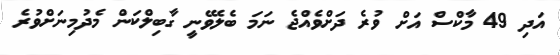
އަދި 49 މާކްސް އަށް ވުރެ ދަށްވެއްޖެ ނަމަ ބެލެވޭނީ ގާބިލްކަން މެދުމިނަށްވުރެ